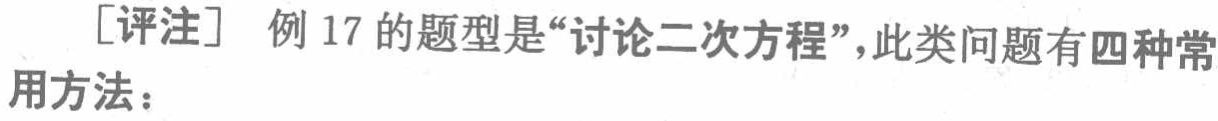
[评注] 例 17 的题型是“讨论二次方程”，此类问题有四种常用方法：